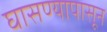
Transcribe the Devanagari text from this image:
घासण्यापासून